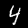
Digit: 4